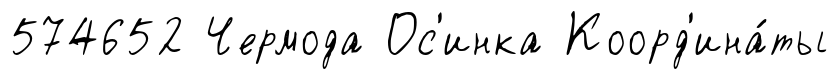
574652 Чермода Ос'инка Коорд'ина́ты